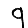
Digit: 9